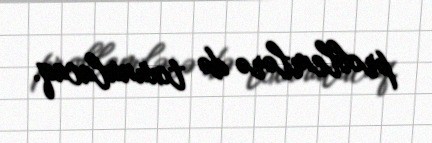
problemlərə də toxunulacaq.